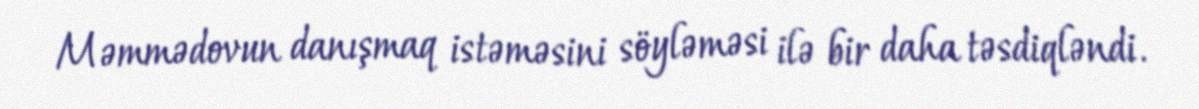
Məmmədovun danışmaq istəməsini söyləməsi ilə bir daha təsdiqləndi.